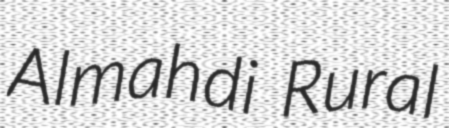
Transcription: Almahdi Rural